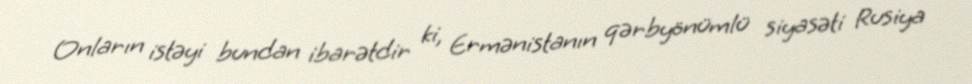
Onların istəyi bundan ibarətdir ki, Ermənistanın qərbyönümlü siyasəti Rusiya